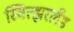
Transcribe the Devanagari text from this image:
स्वित्झरलँड